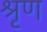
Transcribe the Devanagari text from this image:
श्रृण